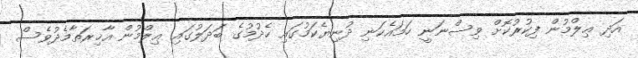
އަދި ޢިލްމުން ފިކުރުކޮށް ވިސްނަނީ ހަމައެކަނި ދުނިޔެކަމުގައި ހެދުމުގެ ބަދަލުގައި ޢިލްމުން އާޚިރަތާމެދުވެސް